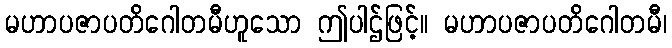
မဟာပဇာပတိဂေါတမီဟူသော ဤပါဌ်ဖြင့်။ မဟာပဇာပတိဂေါတမီ၊